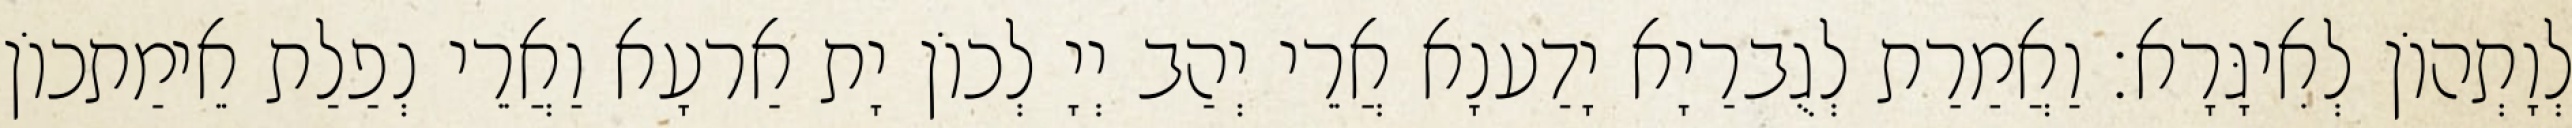
לְוָתְהוֹן לְאִיגָּרָא׃ וַאֲמַרַת לְגֻברַיָא יָדַענָא אֲרֵי יְהַב יְיָ לְכוֹן יָת אַרעָא וַאֲרֵי נְפַלַת אֵימַתכוֹן